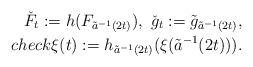
LaTeX: \begin{align*} \check{F}_t:=h(F_{\tilde{a}^{-1}(2t)}),\ \check{g}_t:=\tilde{g}_{\tilde{a}^{-1}(2t)},\\check{\xi}(t):=h_{\tilde{a}^{-1}(2t)}(\xi(\tilde{a}^{-1}(2t))).\end{align*}